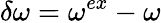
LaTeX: \delta\omega=\omega^{ex}-\omega